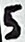
Text: 5